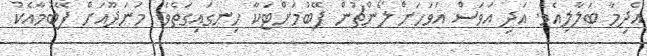
އެދިމާ ބަލާލިއެވެ. އަދި އަވަސް އަވަހަށް ލޯންޗުން ފޭބުމަށްޓަކާ ހިނގައިގަތެވެ. މަނަދޫއަށް ފޭބުމާއެކު